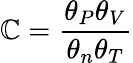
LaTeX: \mathbb{C}=\frac{{\theta_{P}\theta_{V}}}{{\theta_{n}\theta_{T}}}